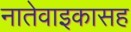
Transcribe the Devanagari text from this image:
नातेवाइकासह